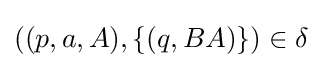
((p,a,A),\{(q,BA)\})\in \delta